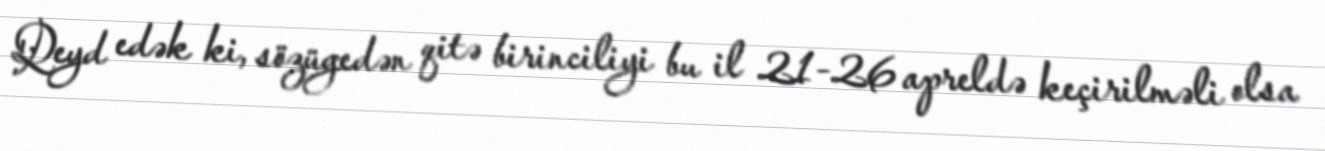
Qeyd edək ki, sözügedən qitə birinciliyi bu il 21-26 apreldə keçirilməli olsa